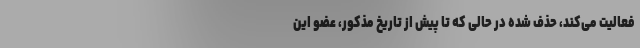
فعالیت‌ می‌کند، حذف شده در حالی که تا پیش از تاریخ مذکور، عضو این